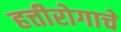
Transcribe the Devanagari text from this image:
हत्तीरोगाचे